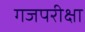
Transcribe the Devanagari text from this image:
गजपरीक्षा